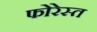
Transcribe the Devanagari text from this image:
फोरेस्त